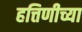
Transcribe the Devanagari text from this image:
हत्तिणीच्या